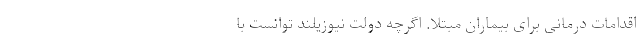
اقدامات درمانی برای بیماران مبتلا. اگرچه دولت نیوزیلند توانست با